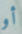
أو